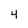
Character: 4